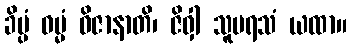
ခိပ္ပံ ဓမ္မံ ဝိဇာနာတိ၊ ဇိဝှါ သူပရသံ ယထာ။